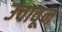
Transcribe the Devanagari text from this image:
उचावून